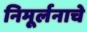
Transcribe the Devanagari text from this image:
निमूर्लनाचे